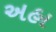
અહા